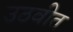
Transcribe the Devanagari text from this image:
उठवीत